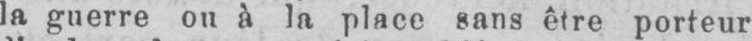
la guerre ou à la place sans être porteur